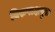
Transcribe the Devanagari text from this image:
विरुपाक्षपुरा